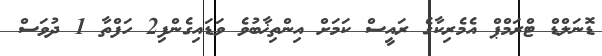
ޑޮނަލްޑް ޓްރަމްޕް އެމެރިކާގެ ރައީސް ކަމަށް އިންތިޚާބުވެ ވަޑައިގެންފި2 ހަފްތާ 1 ދުވަސް